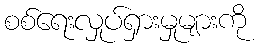
စစ်ရေးလှုပ်ရှားမှုများကို